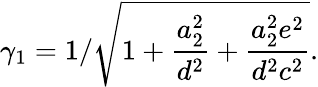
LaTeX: \gamma_{1}={1/\sqrt{1+{\frac{a_{2}^{2}}{d^{2}}}+{\frac{a_{2}^{2}e^{2}}{d^{2}c^{2}}}}}.